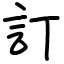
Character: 訂